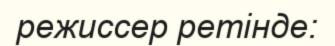
режиссер ретінде: